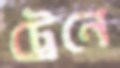
ট্রেনে